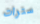
سترات